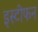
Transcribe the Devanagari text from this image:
इस्टीफन